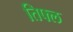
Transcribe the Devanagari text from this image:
तिफ्ल